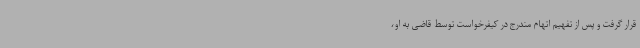
قرار گرفت و پس از تفهیم اتهام مندرج در کیفرخواست توسط قاضی به او،